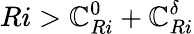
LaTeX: Ri>\mathbb{C}_{Ri}^{0}+\mathbb{C}_{Ri}^{\delta}